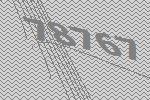
78767